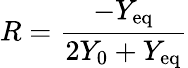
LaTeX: R=\frac{-Y_{\mathrm{eq}}}{2Y_{0}+Y_{\mathrm{eq}}}